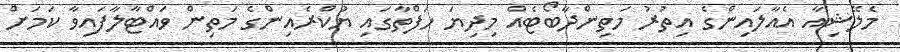
މެލޭޝިއާ އެއާލައިންގެ އިތުރު މަތިންދާބޯޓެއް މިދިޔަ ހަފްތާގައި ޔުކްރެއިންގެ މަތިން ވައްޓާލާފައިވާ ކަމަށް